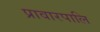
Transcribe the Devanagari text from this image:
प्रावारपालि